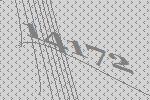
14172